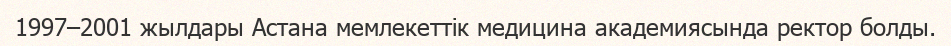
1997–2001 жылдары Астана мемлекеттік медицина академиясында ректор болды.